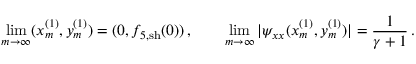
\operatorname* { l i m } _ { m \rightarrow \infty } ( x _ { m } ^ { ( 1 ) } , y _ { m } ^ { ( 1 ) } ) = ( 0 , { f } _ { 5 , \mathrm { s h } } ( 0 ) ) \, , \qquad \operatorname* { l i m } _ { m \rightarrow \infty } | \psi _ { x x } ( x _ { m } ^ { ( 1 ) } , y _ { m } ^ { ( 1 ) } ) | = \frac { 1 } { \gamma + 1 } \, .